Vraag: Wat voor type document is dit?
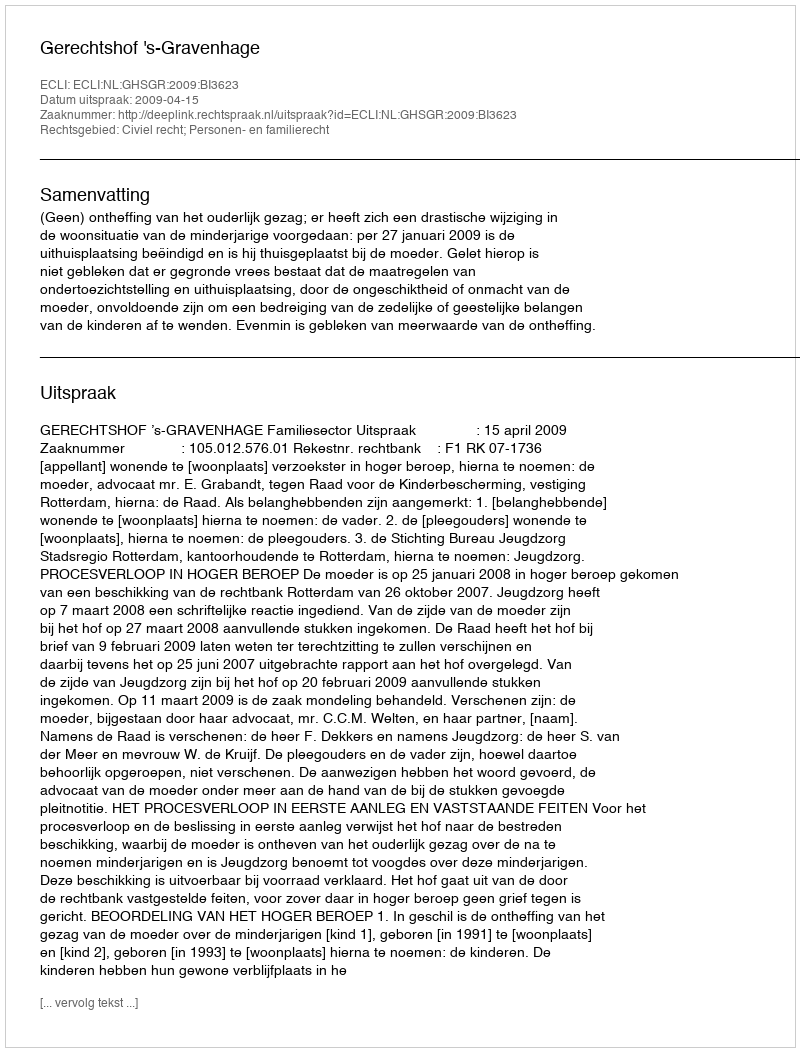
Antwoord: Uitspraak